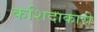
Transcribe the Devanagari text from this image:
कशिदाकारी